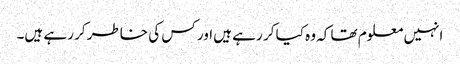
انہیں معلوم تھا کہ وہ کیا کر رہے ہیں اور کس کی خاطر کر رہے ہیں۔